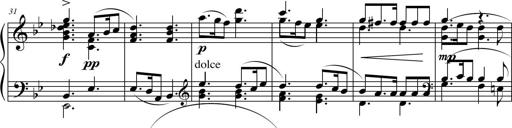
Title: Suite in the Old Style
Composer: Tyler Versluis